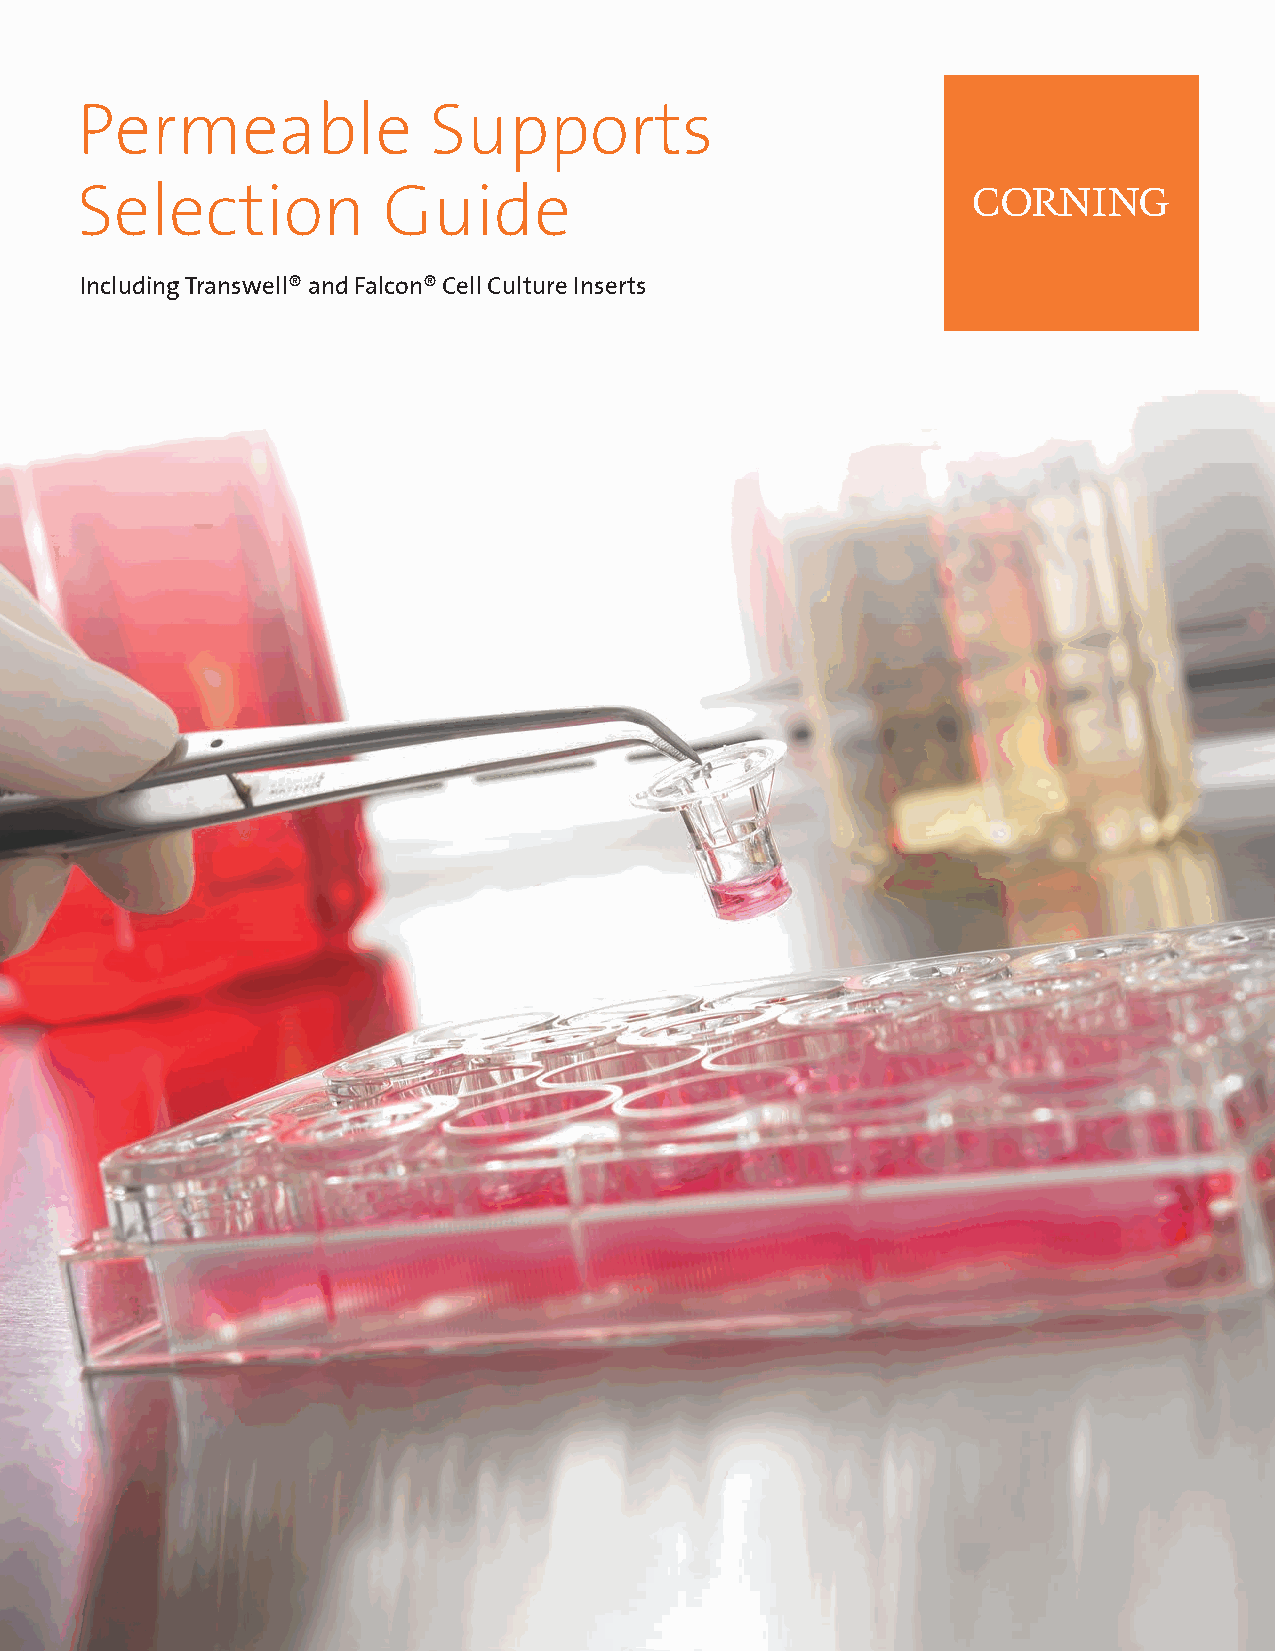
Permeable              Supports
 Selection           Guide
 Including Transwell® and Falcon® Cell Culture Inserts